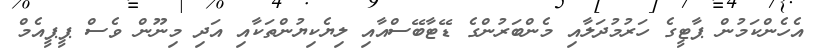
އެހެންކަމުން ޕާޓީގެ ހަރުމުދަލާއި މެންބަރުންގެ ޑޭޓާބޭސްއާއި ލިޔެކިޔުންތަކާއި އަދި މިނޫން ވެސް ޕީޕީއެމް